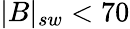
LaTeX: |B|_{sw}<70